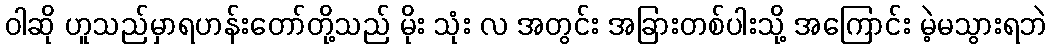
ဝါဆို ဟူသည်မှာရဟန်းတော်တို့သည် မိုး သုံး လ အတွင်း အခြားတစ်ပါးသို့ အကြောင်း မဲ့မသွားရဘဲ